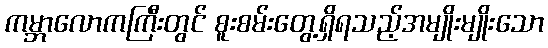
ကမ္ဘာလောကကြီးတွင် စူးစမ်းတွေ့ရှိရသည့်အမျိုးမျိုးသော